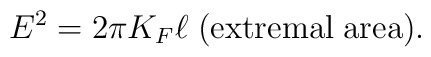
E^2=2\pi K_F\ell\;{\rm (extremal\;area)}.